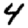
Digit: 4